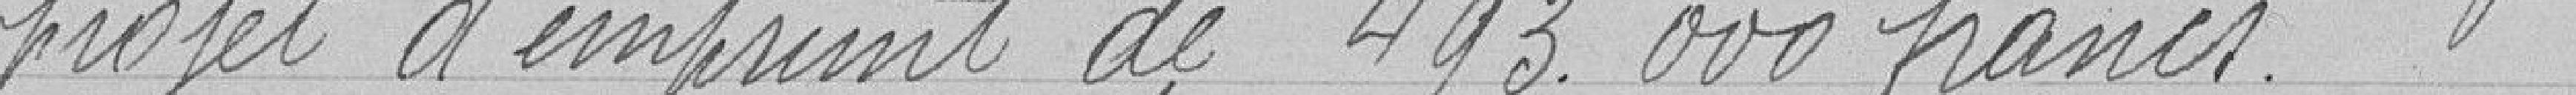
projet d'emprunt de 493 000 francs.